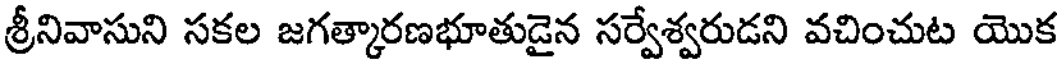
శ్రీనివాసుని సకల జగత్కారణభూతుడైన సర్వేశ్వరుడని వచించుట యొక